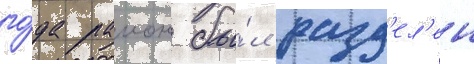
го́да раион бы́л разд'ел'ен